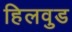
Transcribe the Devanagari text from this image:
हिलवुड